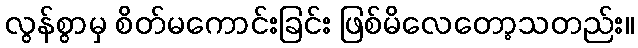
လွန်စွာမှ စိတ်မကောင်းခြင်း ဖြစ်မိလေတော့သတည်း။